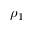
\rho _ { 1 }